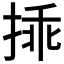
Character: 𢮿